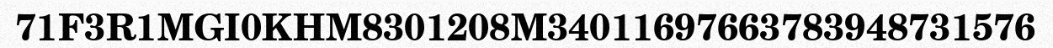
71F3R1MGI0KHM8301208M34011697663783948731576